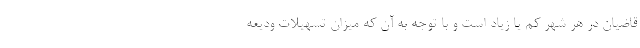
قاضیان در هر شهر کم یا زیاد است و با توجه به آن که میزان تسهیلات ودیعه